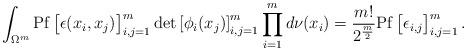
LaTeX: \begin{align*} \int_{\Omega^{m}} \mathrm{Pf}\begin{bmatrix} \epsilon(x_{i}, x_{j}) \end{bmatrix}_{i, j=1}^{m} \det\left[\phi_{i}(x_{j})\right]_{i, j=1}^{m} \prod_{i=1}^{m} d\nu(x_{i}) = \frac{m!}{2^{\frac{m}{2} }} \mathrm{Pf}\begin{bmatrix} \epsilon_{i,j} \end{bmatrix}_{i, j=1}^{m}. \end{align*}